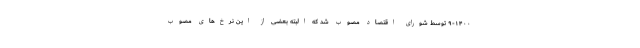
۹-۱۴۰۰ توسط شورای اقتصاد مصوب شد که البته بعضی از این نرخ‌های مصوب